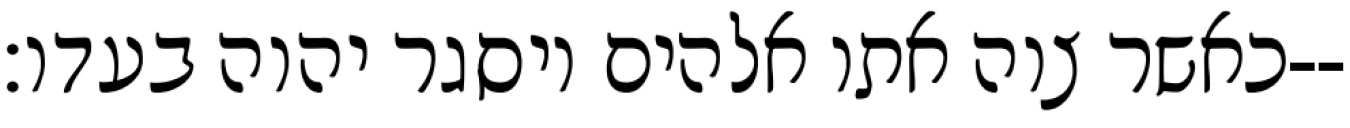
כאשר צוה אתו אלהים ויסגר יהוה בעדו׃--